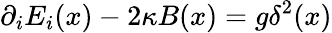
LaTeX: \partial_{i}E_{i}(x)-2\kappa B(x)=g\delta^{2}(x)